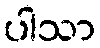
ပါသာ